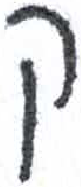
אות: ק